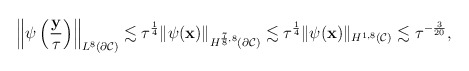
\begin{align*} \left\| \psi \left(\frac{\mathbf y}{\tau}\right)\right\|_{L^8(\partial \mathcal C)} \lesssim \tau^{\frac{1}{4}}\|\psi(\mathbf x)\|_{H^{\frac{7}{8},8}(\partial \mathcal C)}\lesssim \tau^{\frac{1}{4}}\|\psi(\mathbf x)\|_{H^{1,8}( \mathcal C)}\lesssim \tau^{-\frac{3}{20}}, \end{align*}